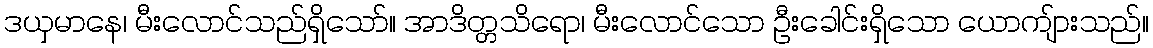
ဒယှမာနေ၊ မီးလောင်သည်ရှိသော်။ အာဒိတ္တသိရော၊ မီးလောင်သော ဦးခေါင်းရှိသော ယောကျ်ားသည်။